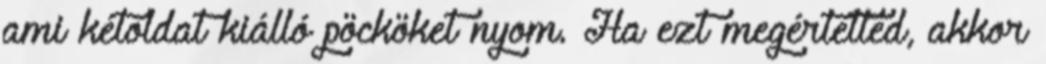
ami kétoldat kiálló pöcköket nyom. Ha ezt megértetted, akkor